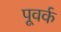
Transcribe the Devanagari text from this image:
पूवर्क